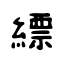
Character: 縹